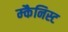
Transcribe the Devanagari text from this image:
म्कैनिस्ट